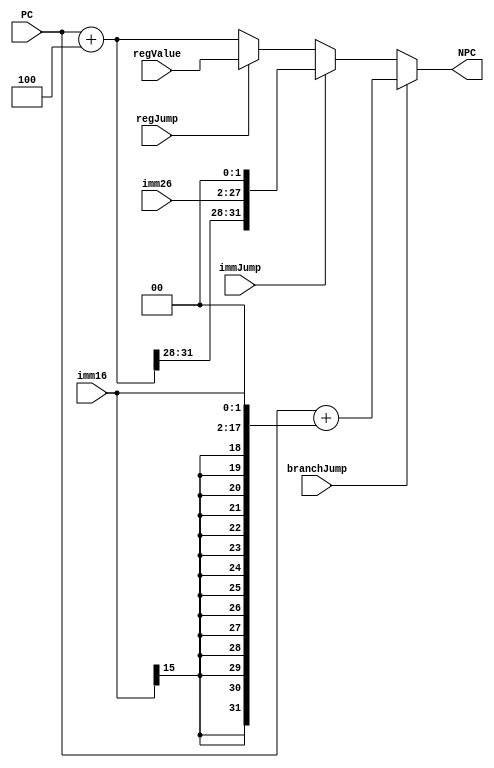
`timescale 1ns / 1ps
`default_nettype none
module NPC(
	input wire branchJump,
	input wire immJump,
	input wire regJump,
	input wire [31:0] regValue,
	input wire [15:0] imm16,
	input wire [25:0] imm26,
	input wire [31:0] PC,
	
	output wire [31:0] NPC
    );
	//	Declaration
	reg [31:0] reg_NPC;
	wire [31:0] APC = PC + 4;
	wire [31:0] BPC = PC + ({{16{imm16[15]}}, imm16} << 2);//PC + 4 + sign_ext(imm16)
	wire [31:0] IPC = {APC[31:28], imm26, 2'b00};		//(PC + 4) high 4 bits || imm16 || 00
	wire [31:0] RPC = regValue;
	//
	always @(*) begin
		if(branchJump == 1)
			reg_NPC = BPC;
		else if(immJump == 1)
			reg_NPC = IPC;
		else if(regJump == 1)
			reg_NPC = RPC;
		else
			reg_NPC = APC;
	end
	assign NPC = reg_NPC;
	//assign NPC = (branchJump == 1)  ? BPC :
	//			 (immJump == 1)	   ? IPC :
	//			 (regJump == 1)	   ? RPC : APC;
endmodule